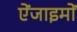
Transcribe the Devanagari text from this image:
ऐंजाइमों